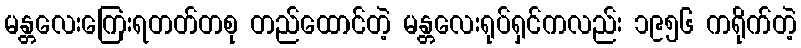
မန္တလေးကြေးရတတ်တစု တည်ထောင်တဲ့ မန္တလေးရုပ်ရှင်ကလည်း ၁၉၅၆ ကရိုက်တဲ့